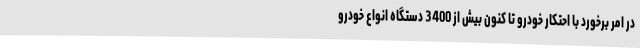
در امر برخورد با احتکار خودرو تا کنون بیش از 3400 دستگاه انواع خودرو